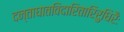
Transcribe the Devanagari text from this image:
दन्ताघातविदारितारिरुधिरैः